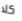
كلا